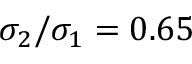
\sigma _ { 2 } / \sigma _ { 1 } = 0 . 6 5